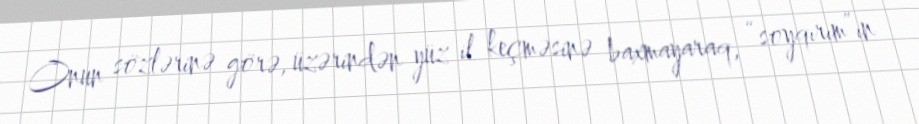
Onun sözlərinə görə, üzərindən yüz il keçməsinə baxmayaraq, “soyqırım”ın